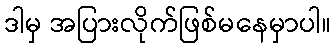
ဒါမှ အပြားလိုက်ဖြစ်မနေမှာပါ။